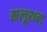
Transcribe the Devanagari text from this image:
सलूशन्